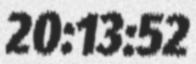
20:13:52